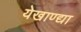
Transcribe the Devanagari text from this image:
येखाण्द्या